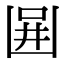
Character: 𠚎